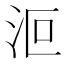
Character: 𣲳